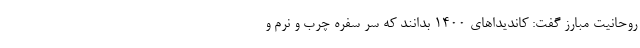
روحانیت مبارز گفت: کاندیداهای ۱۴۰۰ بدانند که سر سفره چرب و نرم و